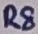
Text: R8